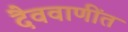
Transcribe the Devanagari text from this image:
दैववाणींत